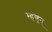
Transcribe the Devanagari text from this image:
म्हणुन्